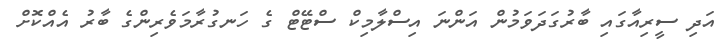
އަދި ސީރިއާގައި ބާރުގަދަވަމުން އަންނަ އިސްލާމިކް ސްޓޭޓް ގެ ހަނގުރާމަވެރިންގެ ބާރު އެއްކޮށް